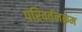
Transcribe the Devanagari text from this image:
परिवर्तनक्रम